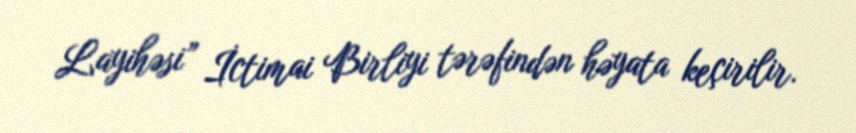
Layihəsi” İctimai Birliyi tərəfindən həyata keçirilir.